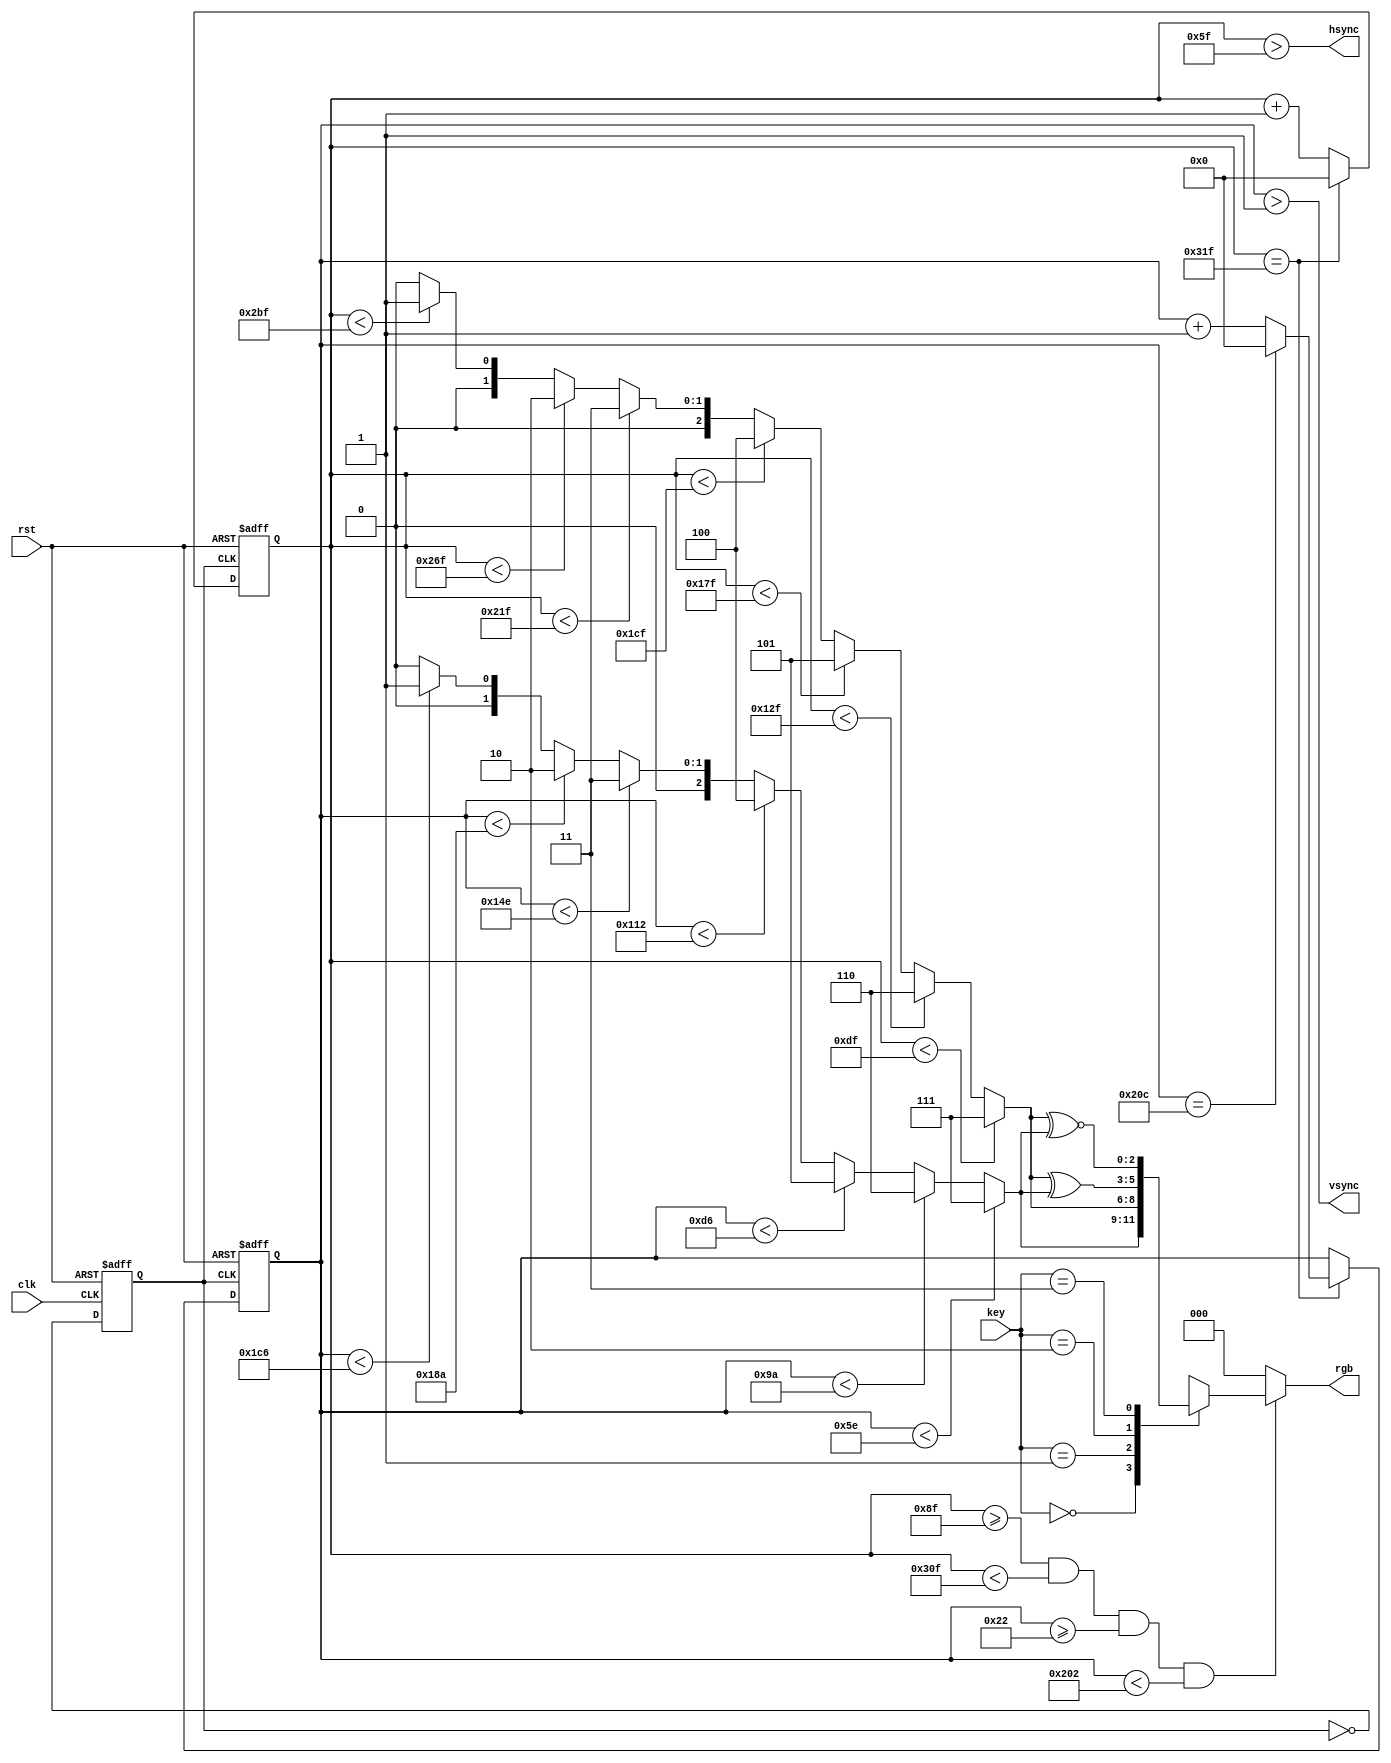
module vga
(
    input        clk,
    input        rst,
    input  [1:0] key,
    output       vsync,
    output       hsync,
    output [2:0] rgb
);

    localparam hsync_end   = 10'd95,
               hdat_begin  = 10'd143,
               hdat_end    = 10'd783,
               hpixel_end  = 10'd799,
               vsync_end   = 10'd1,
               vdat_begin  = 10'd34,
               vdat_end    = 10'd514,
               vline_end   = 10'd524;

    reg [9:0] hcount;
    reg [9:0] vcount;
    reg [2:0] data;
    reg [2:0] h_dat;
    reg [2:0] v_dat;

    reg  flag;
    wire hcount_ov;
    wire vcount_ov;
    wire dat_act;
    reg  vga_clk;

    always @ (posedge clk or posedge rst)
        if (rst)
            vga_clk <= 1'b0;
        else
            vga_clk <= ~ vga_clk;

    always @ (posedge vga_clk or posedge rst)
        if (rst)
            hcount <= 10'd0;
        else if (hcount_ov)
            hcount <= 10'd0;
        else
            hcount <= hcount + 10'd1;

    assign hcount_ov = (hcount == hpixel_end);

    always @ (posedge vga_clk or posedge rst)
        if (rst)
        begin
            vcount <= 10'd0;
        end
        else if (hcount_ov)
        begin
            if (vcount_ov)
                vcount <= 10'd0;
            else
                vcount <= vcount + 10'd1;
        end

    assign vcount_ov = (vcount == vline_end);

    assign dat_act = (   hcount >= hdat_begin && hcount < hdat_end
                      && vcount >= vdat_begin && vcount < vdat_end);

    assign hsync = (hcount > hsync_end);
    assign vsync = (vcount > vsync_end);
    assign rgb   = dat_act ? data : 3'h00;

    always @*
    begin
        case(key[1:0])
        2'd0: data = h_dat;
        2'd1: data = v_dat;
        2'd2: data = v_dat ^  h_dat;
        2'd3: data = v_dat ~^ h_dat;
        endcase

        if(hcount < 223)
            v_dat = 3'h7;
        else if(hcount < 303)
            v_dat = 3'h6;
        else if(hcount < 383)
            v_dat = 3'h5;
        else if(hcount < 463)
            v_dat = 3'h4;
        else if(hcount < 543)
            v_dat = 3'h3;
        else if(hcount < 623)
            v_dat = 3'h2;
        else if(hcount < 703)
            v_dat = 3'h1;
        else
            v_dat = 3'h0;

        if(vcount < 94)
            h_dat = 3'h7;
        else if(vcount < 154)
            h_dat = 3'h6;
        else if(vcount < 214)
            h_dat = 3'h5;
        else if(vcount < 274)
            h_dat = 3'h4;
        else if(vcount < 334)
            h_dat = 3'h3;
        else if(vcount < 394)
            h_dat = 3'h2;
        else if(vcount < 454)
            h_dat = 3'h1;
        else
            h_dat = 3'h0;
    end

endmodule